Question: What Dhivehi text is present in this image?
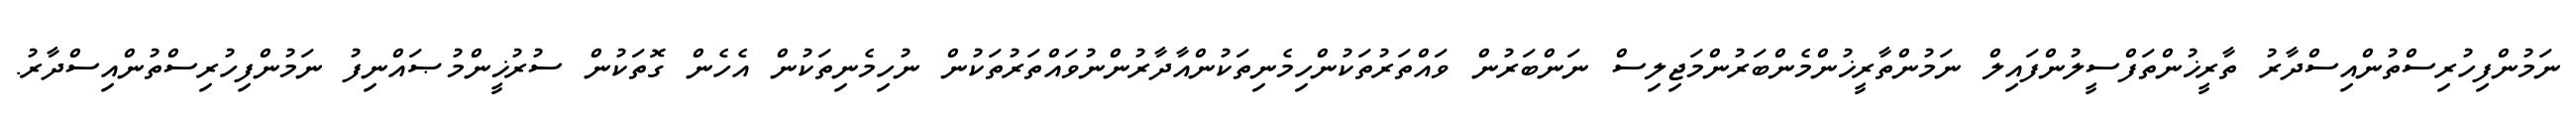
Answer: ނަމުންފިހުރިސްތުންއިސްދާރު ތާރީޚުންތަފްސީލުންފައިލް ނަމުންތާރީޚުންމެންބަރުންމަޖިލިސް ނަންބަރުން ވައްތަރުތަކުންހިމެނިތަކުންއާދާރުންނުވައްތަރުތަކުން ނުހިމެނިތަކުން އެހެން ގޮތަކުން ސުރުޚީންމުޞައްނިފު ނަމުންފިހުރިސްތުންއިސްދާރު.